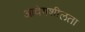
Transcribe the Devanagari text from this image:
आवेगशीलता